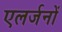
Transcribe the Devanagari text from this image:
एलर्जनों